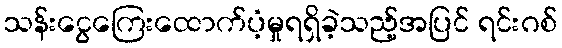
သန်းငွေကြေးထောက်ပံ့မှုရရှိခဲ့သည့်အပြင် ရင်းဂစ်